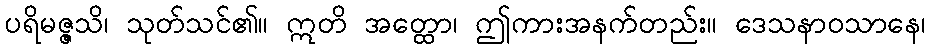
ပရိမဇ္ဇသိ၊ သုတ်သင်၏။ ဣတိ အတ္ထော၊ ဤကားအနက်တည်း။ ဒေသနာဝသာနေ၊